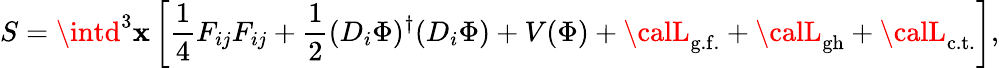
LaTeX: S=\intd^{3}\mathbf{x}\left[\frac{{1}}{{4}}F_{ij}F_{ij}+\frac{{1}}{{2}}(D_{i}\Phi)^{\dagger}(D_{i}\Phi)+V(\Phi)+{\calL}_{\mathrm{{g.f.}}}+{\calL}_{\mathrm{{gh}}}+{\calL}_{\mathrm{{c.t.}}}\right],